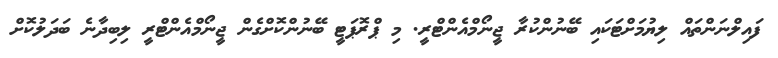
ފައިލްނަންތައް ލިޔުމަށްޓަކައި ބޭނުންކުރާ ޖީނޯމްއެންޓްރީ. މި ޕްރޮޕަޓީ ބޭނުންކޮށްގެން ޖީނޯމްއެންޓްރީ ލިބިދާނެ ބަދަލުކޮށް